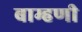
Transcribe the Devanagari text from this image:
बाम्हणी